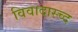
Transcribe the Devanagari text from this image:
विवादास्च्द